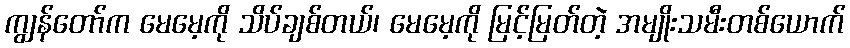
ကျွန်တော်က မေမေ့ကို သိပ်ချစ်တယ်၊ မေမေ့ကို မြင့်မြတ်တဲ့ အမျိုးသမီးတစ်ယောက်